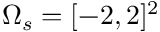
\Omega _ { s } = [ - 2 , 2 ] ^ { 2 }